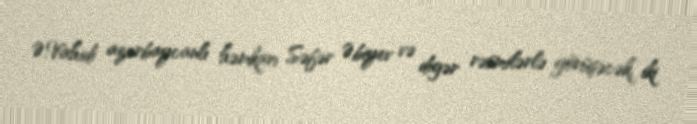
Ə.Vahidi azərbaycanlı həmkarı Səfər Əbiyev və digər rəsmilərlə görüşəcək, iki